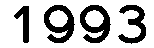
1993